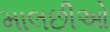
માલછીઓ